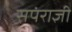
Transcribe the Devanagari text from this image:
सपंराज्ञी